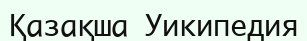
Қазақша Уикипедия